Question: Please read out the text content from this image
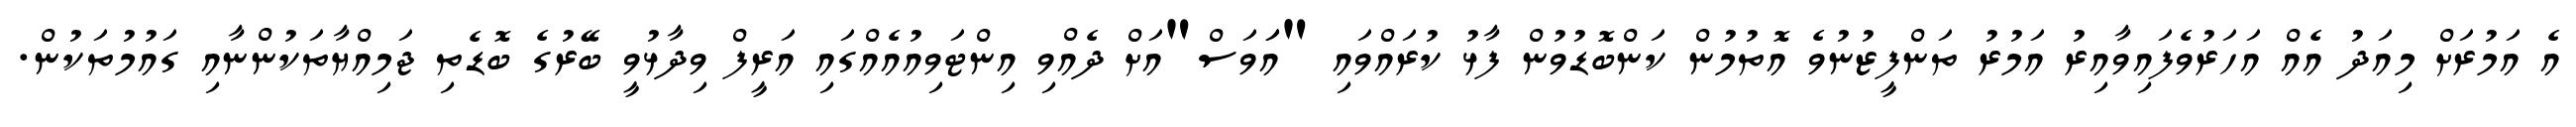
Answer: އެ އަމުރަށް މިއަދު އެއް އަހަރުވެފައިވާއިރު އަމުރު ތަންފީޒުނުވެ އޮތުމުން ކަންބޮޑުވުން ފާޅު ކުރައްވައި "އަަވަސް"އަށް ދެއްވި އިންޓަވިއުއެއްގައި އަރީފް ވިދާޅުވީ ބޭރުގެ ބޮޑެތި ޖަމިއްޔާތަކުންނާއި ގައުމުތަކުން.